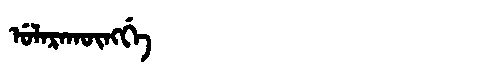
Manchu: ᡠᠯᠠᡵᠠᡴᡡᠩᡤᡝ
Romanization: ULARAKŪNGGE